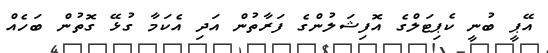
އޭޕީ ބުނީ ކެޕިޓަލްގެ އޮފިޝަލުންގެ ފަރާތުން އަދި އެކަމާ ގުޅޭ ގޮތުން ބަހެއް